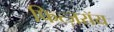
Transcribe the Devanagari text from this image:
फित्ज़रॉय